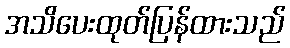
အသိပေးထုတ်ပြန်ထားသည်